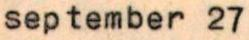
september 27